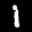
Label: 1